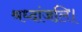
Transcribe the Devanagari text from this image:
श्रध्दांजलि।